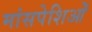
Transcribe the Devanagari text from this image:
मांसपेशिओं